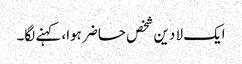
ایک لا دین شخص حاضر ہوا، کہنے لگا۔